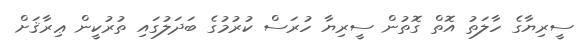
ސީރިޔާގެ ހާލަތު އޮތް ގޮތުން ސީރިޔާ ހުރަސް ކުރުމުގެ ބަދަލުގައި ތުރުކީން ޢިރާޤަށް